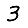
Digit: 3